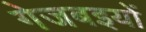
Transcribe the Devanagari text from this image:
गेजबइयों